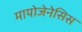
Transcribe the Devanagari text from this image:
मायोजेनेसिस